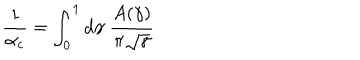
{ \frac { 1 } { \alpha _ { c } } } = \int _ { 0 } ^ { 1 } d \gamma \; { \frac { A ( \gamma ) } { \pi \sqrt \gamma } }